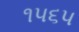
૧૫૬૫